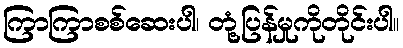
ကြာကြာစစ်ဆေးပါ၊ တုံ့ပြန်မှုကိုတိုင်းပါ။